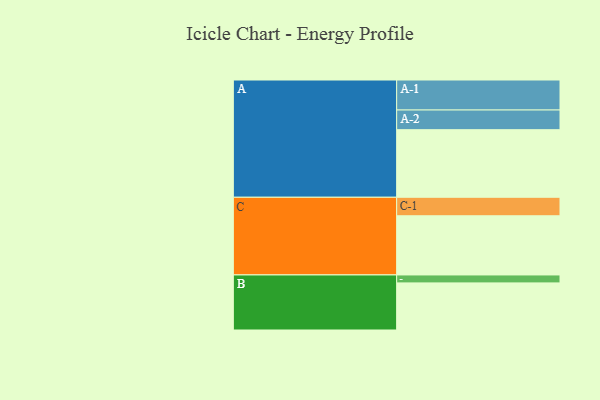
{"axis": {"x": "Segment", "y": "Value"}, "legend": ["", "A", "B", "C"], "data": [{"x": "A", "y": 577, "type": ""}, {"x": "B", "y": 402, "type": ""}, {"x": "C", "y": 505, "type": ""}, {"x": "A-1", "y": 256, "type": "A"}, {"x": "A-2", "y": 168, "type": "A"}, {"x": "B-1", "y": 68, "type": "B"}, {"x": "C-1", "y": 158, "type": "C"}]}